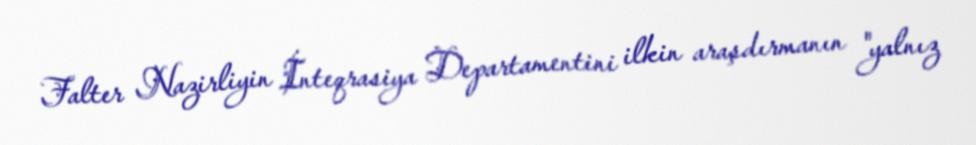
Falter Nazirliyin İnteqrasiya Departamentini ilkin araşdırmanın "yalnız